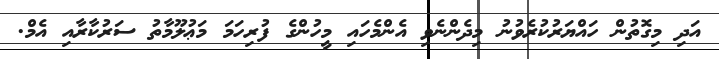
އަދި މިގޮތުން ހައްޔަރުކުރެވުނު މިދެންނެވި އެންމެހައި މީހުންގެ ފުރިހަމަ މަޢުލޫމާތު ސަރުކާރާއި އެމް.